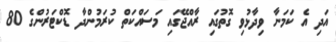
އަދި އެ ކަމަނާ ވިދާޅުވި ގޮތުގައި ރާއްޖޭގައި މަސައްކަތް ކުރަމުންދާ ޑޮކްޓަރުންގެ 80